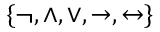
\{ \neg , \land , \lor , \to , \leftrightarrow \}